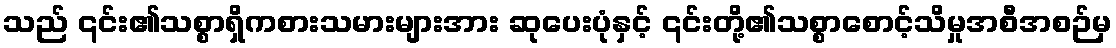
သည် ၎င်း၏သစ္စာရှိကစားသမားများအား ဆုပေးပုံနှင့် ၎င်းတို့၏သစ္စာစောင့်သိမှုအစီအစဉ်မှ